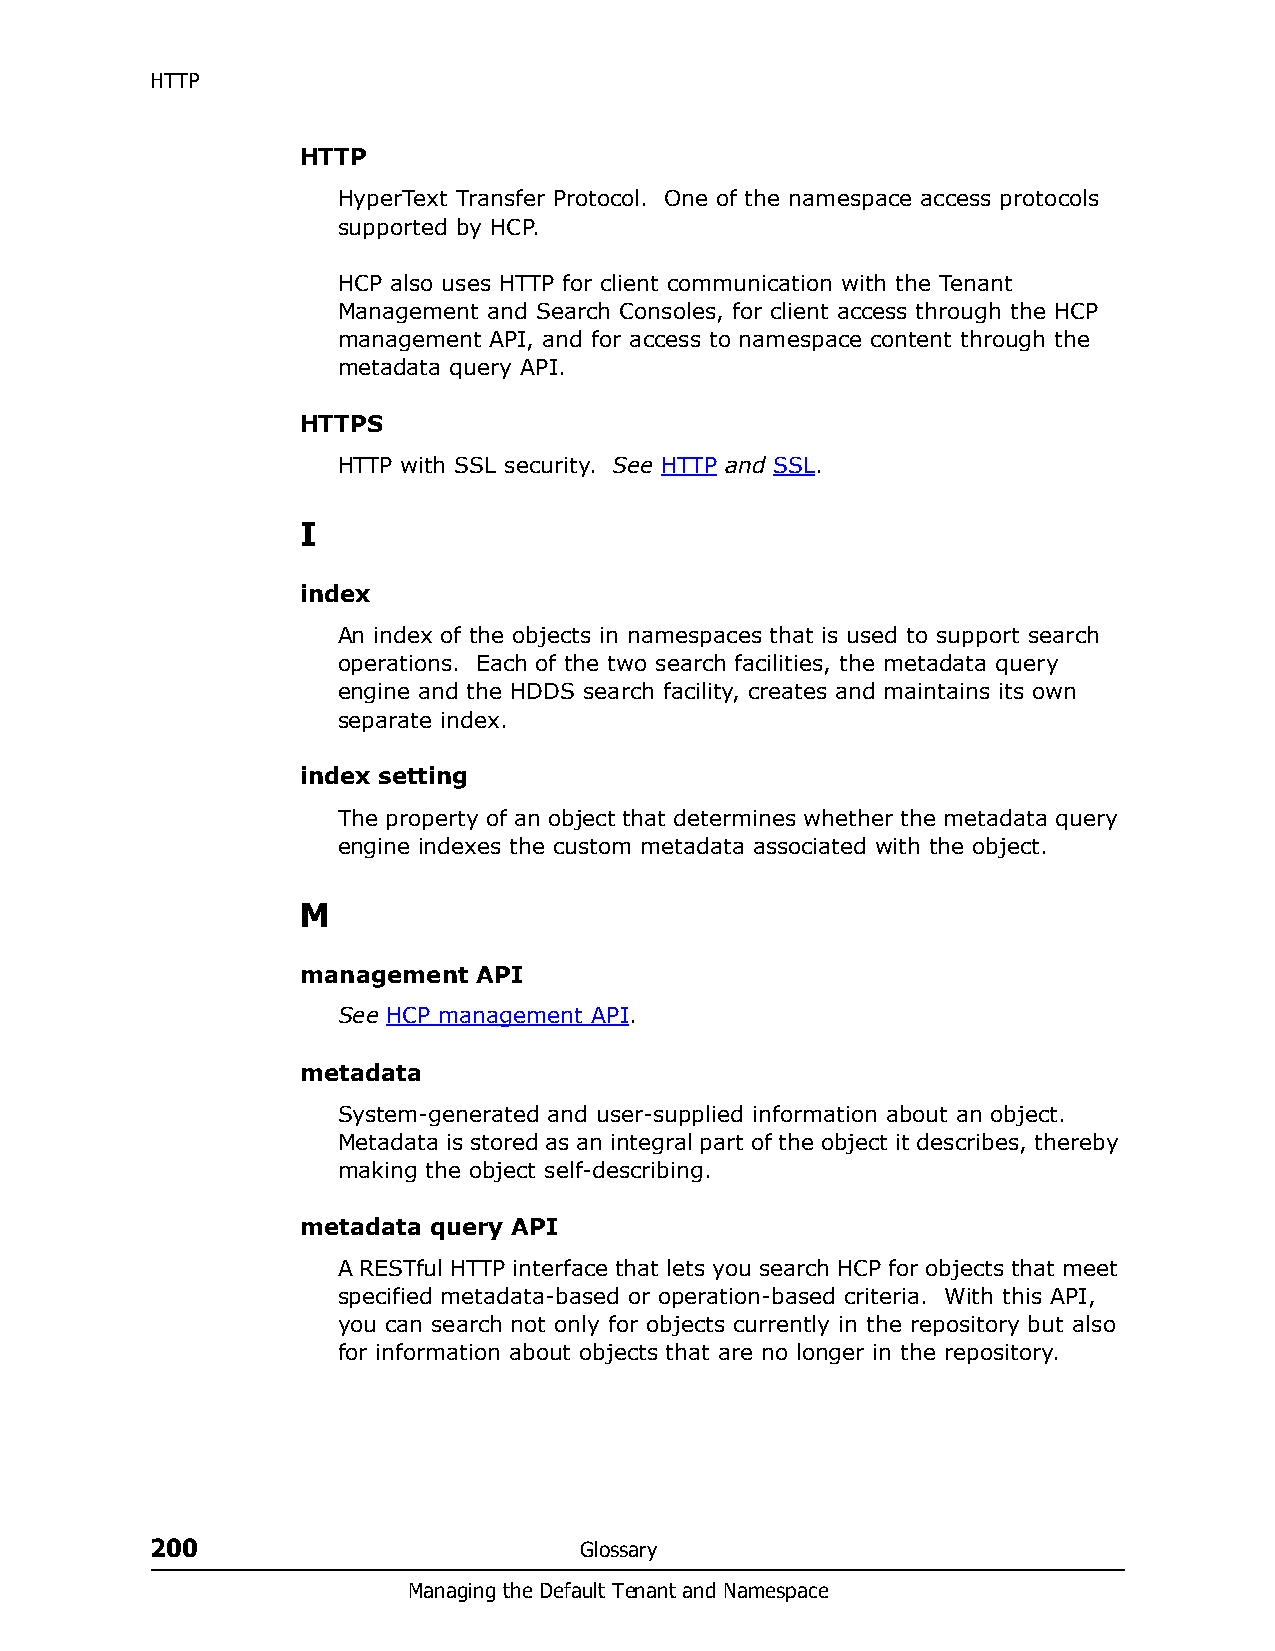
HTTP
 HTTP
 HyperText Transfer Protocol. One of the namespace access protocols
 supported by HCP.
 HCP also uses HTTP for client communication with the Tenant
 Management and Search Consoles, for client access through the HCP
 management API, and for access to namespace content through the
 metadata query API.
 HTTPS
 HTTP with SSL security. See HTTP and SSL.
 I
 index
 An index of the objects in namespaces that is used to support search
 operations. Each of the two search facilities, the metadata query
 engine and the HDDS search facility, creates and maintains its own
 separate index.
 index setting
 The property of an object that determines whether the metadata query
 engine indexes the custom metadata associated with the object.
 M
 management  API
 See HCP management API.
 metadata
 System-generated and user-supplied information about an object.
 Metadata is stored as an integral part of the object it describes, thereby
 making the object self-describing.
 metadata query API
 A RESTful HTTP interface that lets you search HCP for objects that meet
 specified metadata-based or operation-based criteria. With this API,
 you can search not only for objects currently in the repository but also
 for information about objects that are no longer in the repository.
 200                         Glossary
 Managing the Default Tenant and Namespace